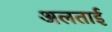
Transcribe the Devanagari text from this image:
अलताई